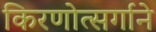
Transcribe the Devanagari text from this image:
किरणोत्सर्गाने